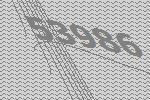
53986